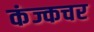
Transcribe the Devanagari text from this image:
कंज्कचर